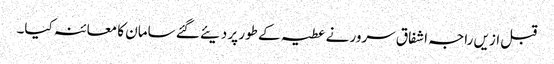
قبل ازیں راجہ اشفاق سرور نے عطیہ کے طور پر دیئے گئے سامان کا معائنہ کیا۔